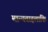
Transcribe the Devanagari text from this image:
मान्यताहलांकि